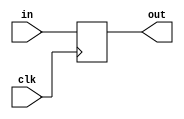
`timescale 1ns / 1ps

module PC(
    in,
    out,
    clk
);

input clk;

input [31:0] in;
output reg [31:0]out = 0;

always@(posedge clk)begin
    out <= in;
end

endmodule

//module tb();
//    reg clk = 0;
//    wire [31:0]out;
    
//    initial begin
//    repeat(25)
//        #10 clk = ~clk;
//    #10 $finish;
//    end
    
//    PC PC(
//        .clk(clk),
//        .out(out)
//    );   

//endmodule